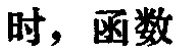
时，函数